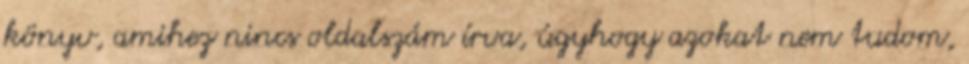
könyv, amihez nincs oldalszám írva, úgyhogy azokat nem tudom,